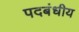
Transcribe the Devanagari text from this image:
पदबंधीय